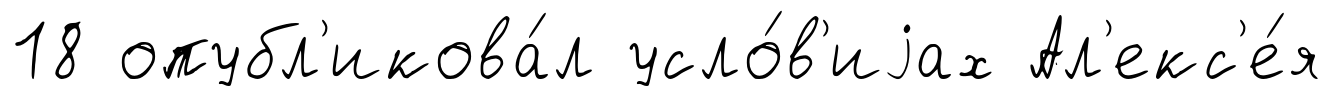
18 опубл'икова́л усло́в'иjах Ал'екс'е́я